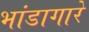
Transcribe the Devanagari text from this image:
भांडागारे